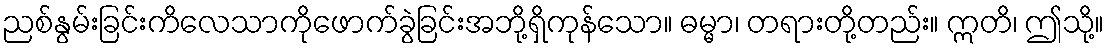
ညစ်နွမ်းခြင်းကိလေသာကိုဖောက်ခွဲခြင်းအဘို့ရှိကုန်သော။ ဓမ္မာ၊ တရားတို့တည်း။ ဣတိ၊ ဤသို့။